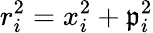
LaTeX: r_{i}^{2}=x_{i}^{2}+\mathfrak{p}_{i}^{2}